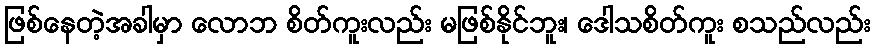
ဖြစ်နေတဲ့အခါမှာ လောဘ စိတ်ကူးလည်း မဖြစ်နိုင်ဘူး၊ ဒေါသစိတ်ကူး စသည်လည်း